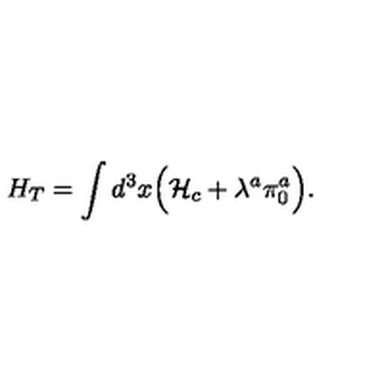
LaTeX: H _ { T } = \int d ^ { 3 } x \Bigl ( { \cal H } _ { c } + \lambda ^ { a } \pi _ { 0 } ^ { a } \Bigr ) .